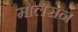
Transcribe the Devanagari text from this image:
मालेसन